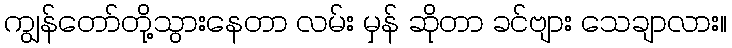
ကျွန်တော်တို့သွားနေတာ လမ်း မှန် ဆိုတာ ခင်ဗျား သေချာလား။